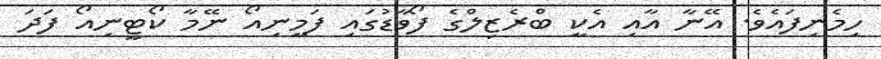
ހިމެނިފައެވެ. އޭނާ އާއި އެކީ ބްރެޒިލްގެ ފޯވާޑުގައި ފަމީނިއޯ ނޭމާ ކޯޓީނިއޯ ފަދަ